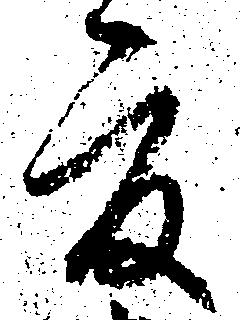
夏